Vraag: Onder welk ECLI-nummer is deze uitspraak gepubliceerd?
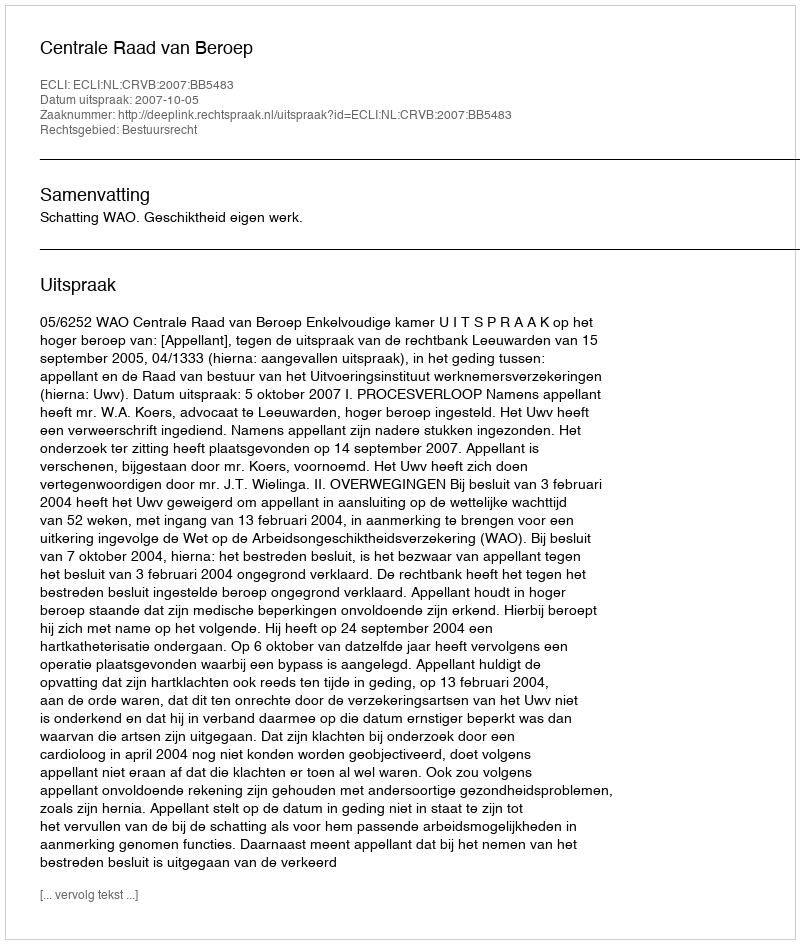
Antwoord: ECLI:NL:CRVB:2007:BB5483